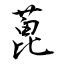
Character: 蓖